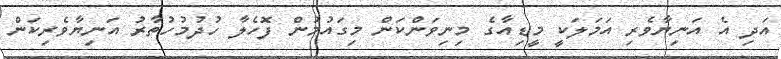
އަދި އެ އަނިޔާވެރި އަމަލަކީ މީޑިއާގެ މިނިވަންކަން މިގައުމުން ފޮހެލާ ހުދުމުހުތާރު އަނިޔާވެރިކަން